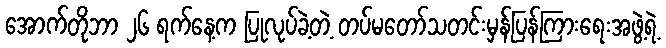
အောက်တိုဘာ ၂၆ ရက်နေ့က ပြုလုပ်ခဲ့တဲ့ တပ်မတော်သတင်းမှန်ပြန်ကြားရေးအဖွဲ့ရဲ့